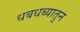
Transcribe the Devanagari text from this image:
धबधब्यातुन